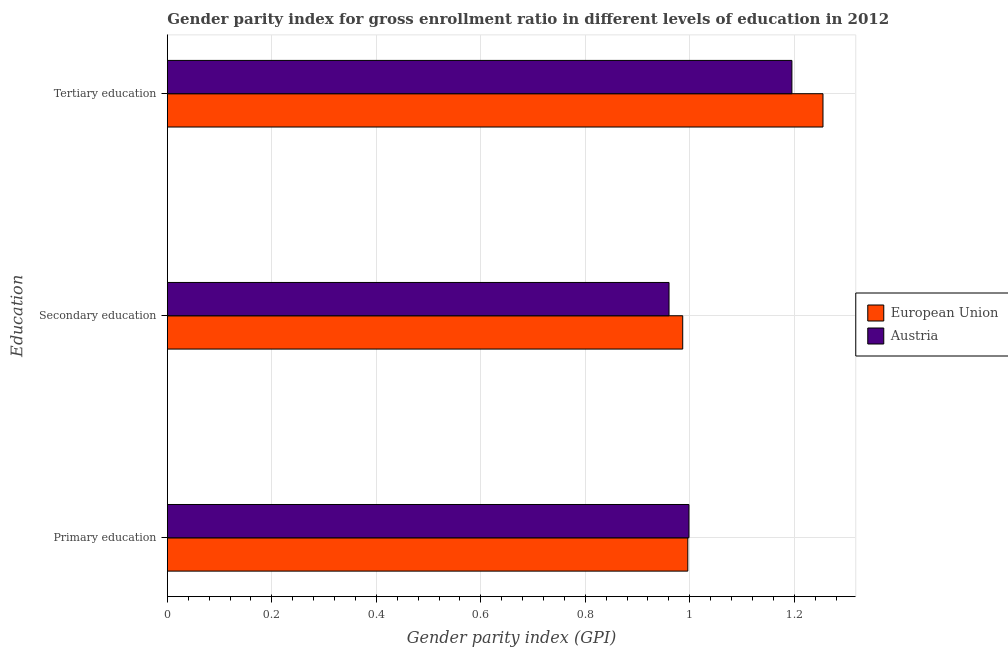
| Education | European Union | Austria |
 | --- | --- | --- |
 | Primary education | 0.996 | 0.998 |
 | Secondary education | 0.987 | 0.96 |
 | Tertiary education | 1.26 | 1.2 |